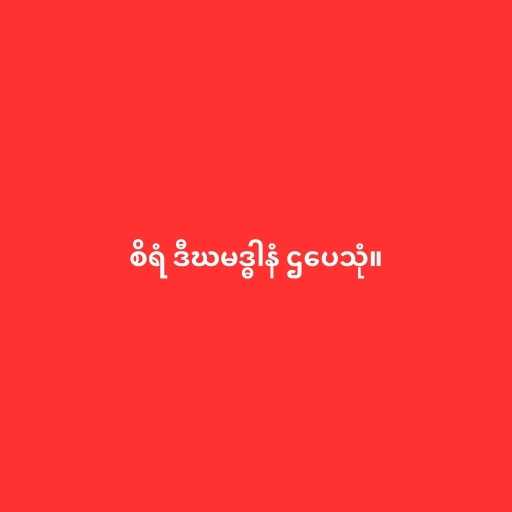
စိရံ ဒီဃမဒ္ဓါနံ ဌပေသုံ။